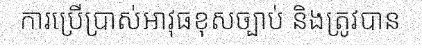
ការប្រើប្រាស់អាវុធខុសច្បាប់ និងត្រូវបាន